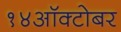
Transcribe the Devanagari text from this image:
१४ऑक्टोबर